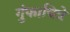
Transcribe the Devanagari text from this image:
गुंफाचित्रे